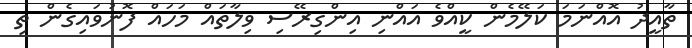
ތާއީދު އޮއްނަމަ ކަލޭމެން ކީއްވެ އައްނި އިންގިރޭސި ވިލާތައް މަހައް ފޮނުވައިގެން ތި